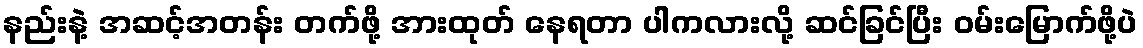
နည်းနဲ့ အဆင့်အတန်း တက်ဖို့ အားထုတ် နေရတာ ပါကလားလို့ ဆင်ခြင်ပြီး ဝမ်းမြောက်ဖို့ပဲ